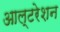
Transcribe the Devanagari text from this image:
आल्टरेशन